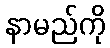
နာမည်ကို